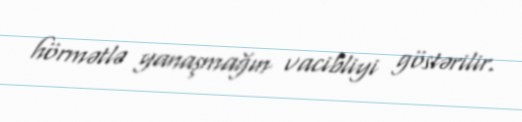
hörmətlə yanaşmağın vacibliyi göstərilir.